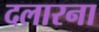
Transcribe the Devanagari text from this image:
दलारना